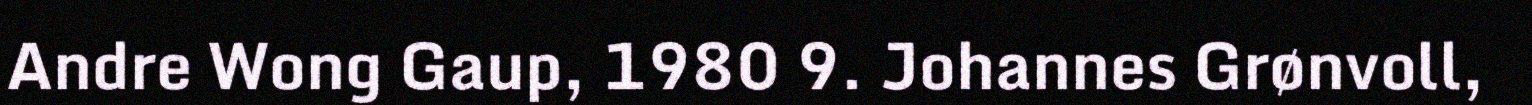
Andre Wong Gaup, 1980 9. Johannes Grønvoll,